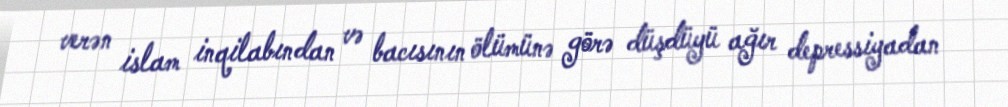
verən islam inqilabından və bacısının ölümünə görə düşdüyü ağır depressiyadan